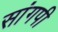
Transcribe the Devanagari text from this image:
सांगपी